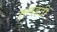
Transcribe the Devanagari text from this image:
तलहठी